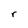
Character: r